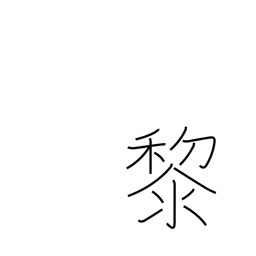
Meaning: dark